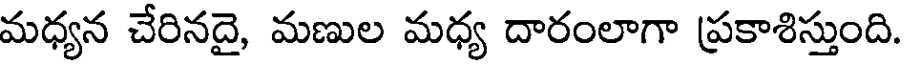
మధ్యన చేరినదై, మణుల మధ్య దారంలాగా ప్రకాశిస్తుంది.